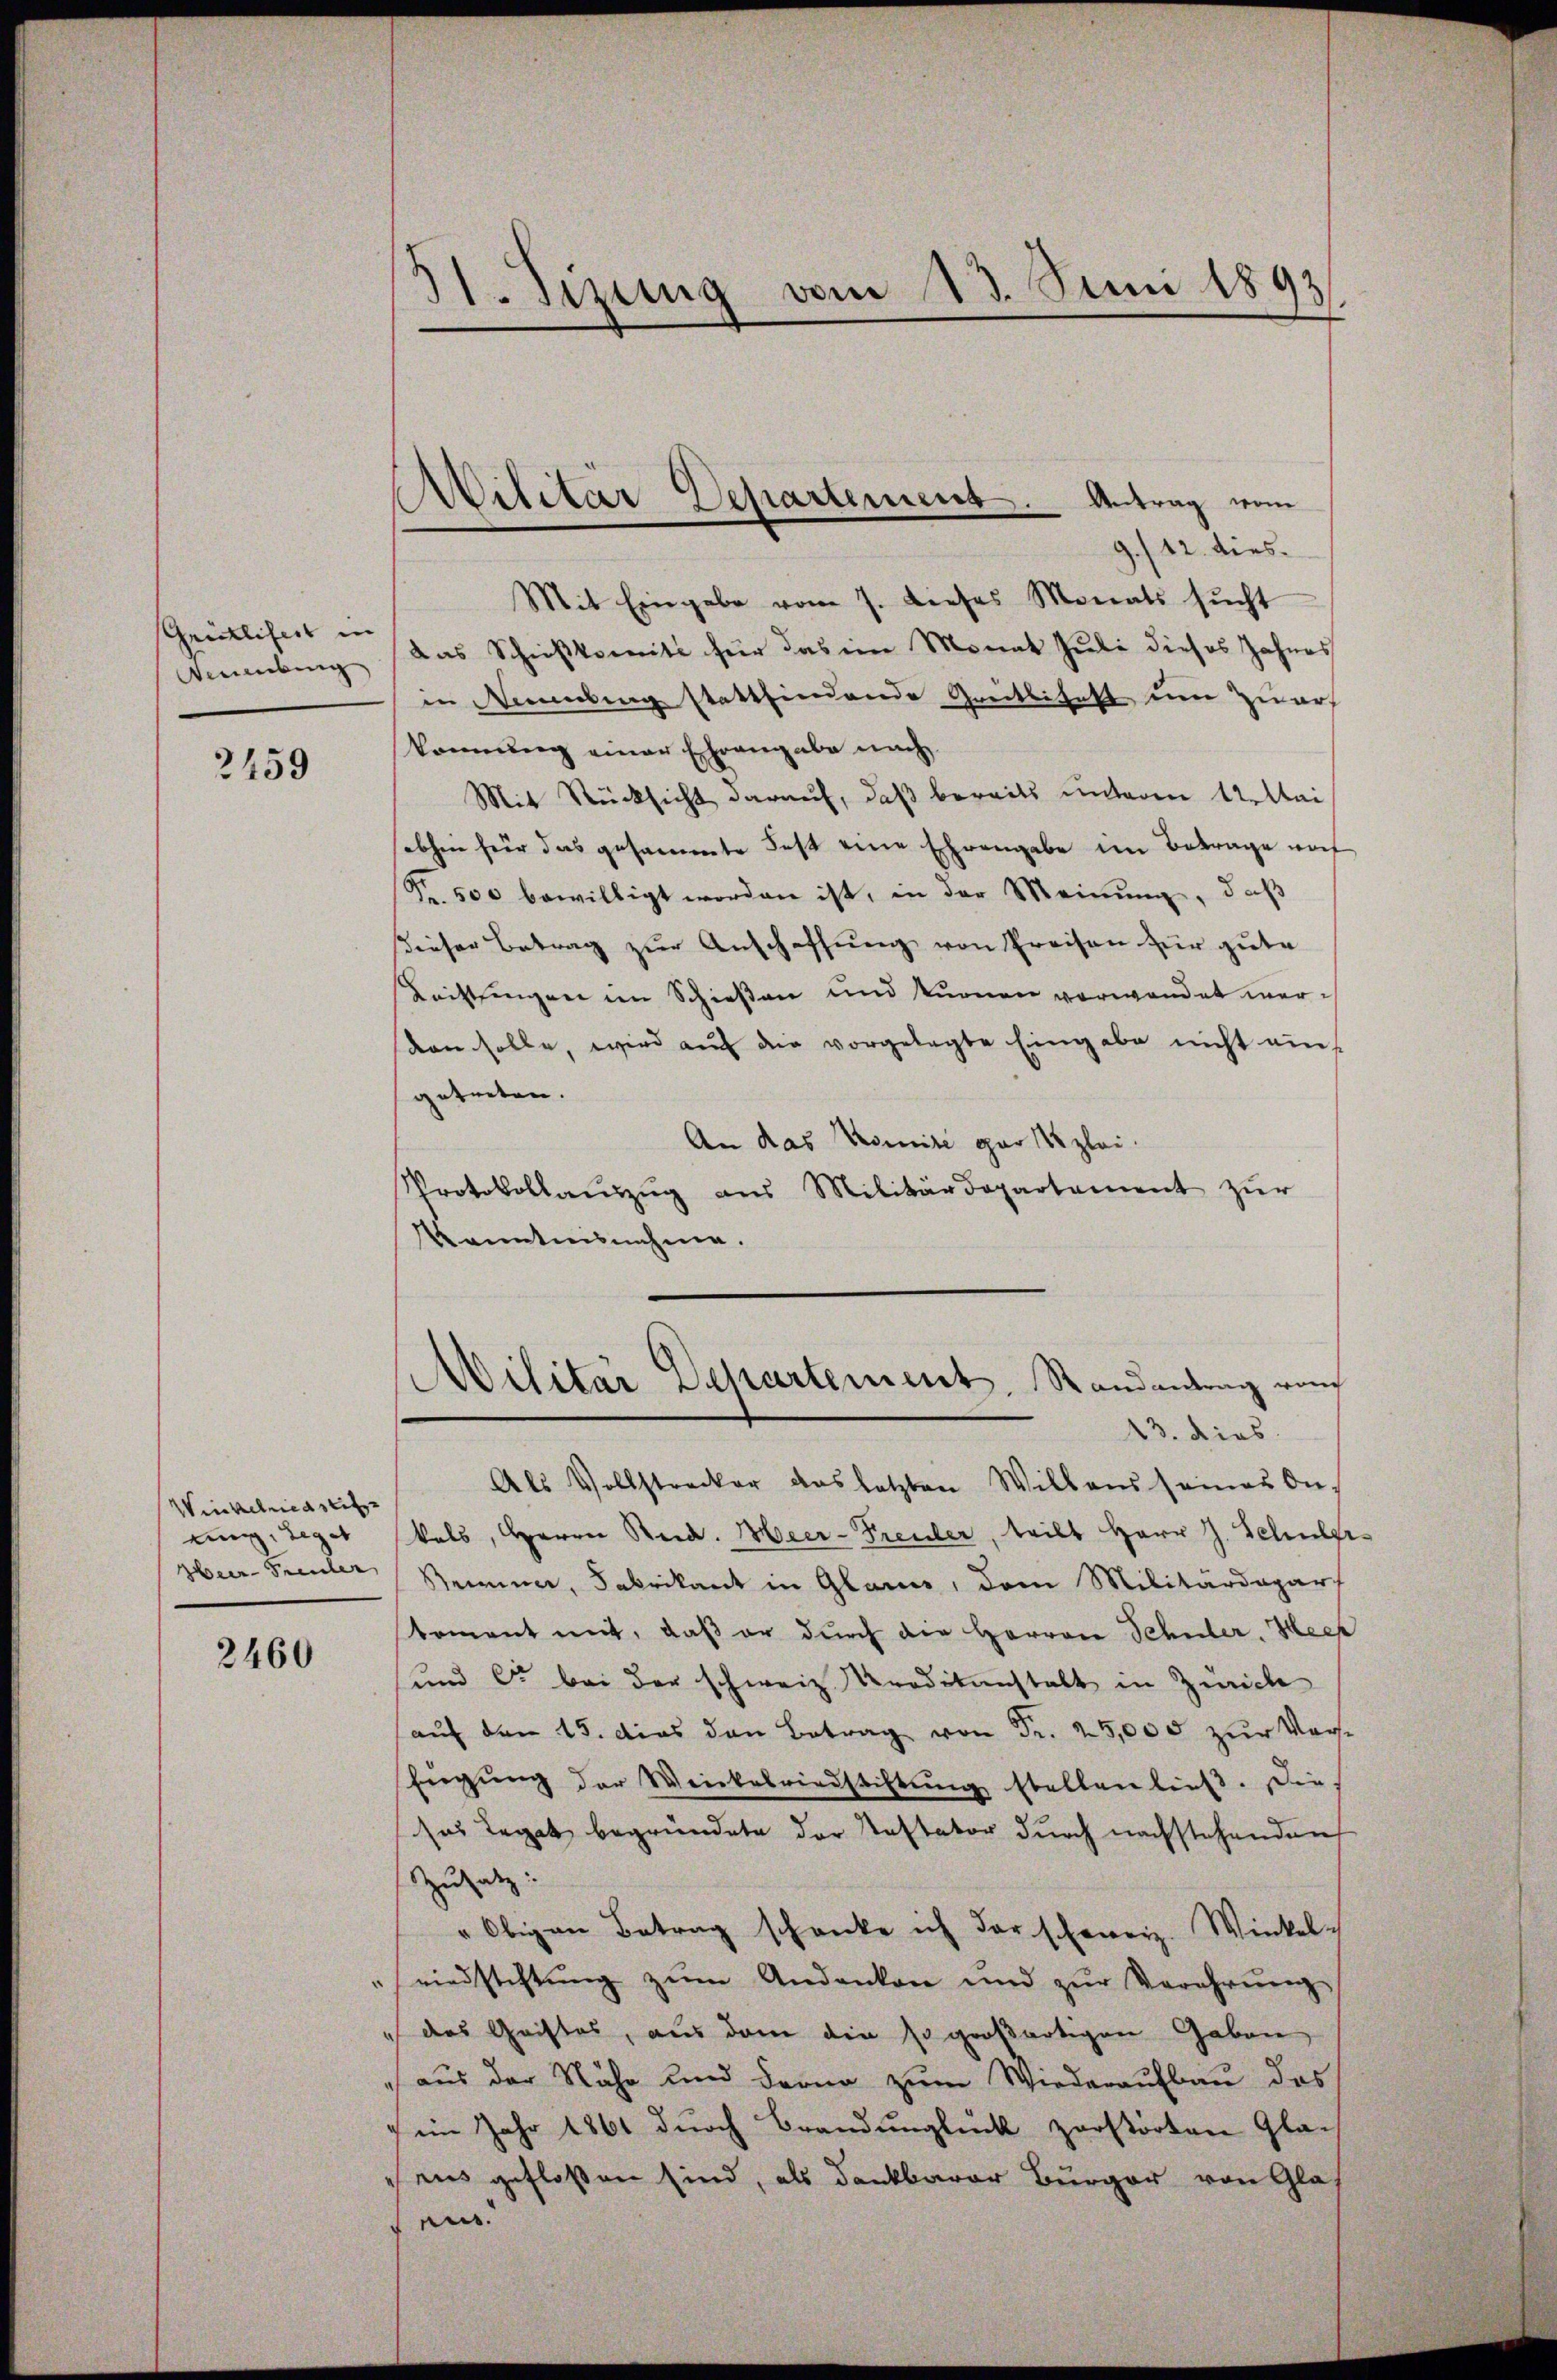
Grickliheit in
Neuenburg

2459

Winkelried seit
einig, leget

2460

H. Jezung vom 13. Juni 1893/

9./12. dies
Mit Eingabe vom 7. dieses Monats sŭcht
Das Schießkomité für das in Monat Juli dieses Jahres
in Nennung stattfindende Greitlichelt um Zwar
kennung einer Ehrengabe nach
Mit Rücksicht darauf, daß bereits unteren 12 Maiabhin für das gesammte Fest eine Ehrengabe im Betrage noch
Fr. 500 bewilligt worden ist, in der Meinung, daß
Dieser Betrag zur Anschaffung von Preisen für gute
Kittlungen im Schießen und kurnen verwendet wersden solle, wird auf die vorgelegte Eingabe nicht auf
getreten.
An das Komite gar 185 zlei.
Protokollaŭszŭg aŭs Militärdepartement zŭr
Kenntnisnahme.

Militär Departement. Antrag vom

Militär Departement, Randantrag von

13. dies
Als Vollstrecker das letzten Willens seiner Ankals, Herrn Reid. Heer-Freuler, teilt Herr J. Schulge¬
Heer-Freuler Seien, Fabrikant in Glarus, dem Militärdepar
koment mit, daß er durch die Herren Schuler, Heer
sund er bei der schweiz. Kreditanstalt in Zürich
aŭf den 15. das den Betrag von Fr. 25,000 zur Vor¬
Eigŭng der Weinkelriedstiftŭng stellen ließ. Die
sos leget begründete der Testator durch nachstehenden
Zusatz:
" Obigen Betrag schanke ich der schweiz. Winkel-
eindstiftŭng zŭm Andanken und zŭr Verehrung
das Geistes, aus dem die so großartigen Gaben
" aus der Nähe und darna zum Wiederaufbau das
im Jahr 1861 durch Brandunglück zerstörten Glaens gefloßen sind, als dankbarer Burger von Glas
en.